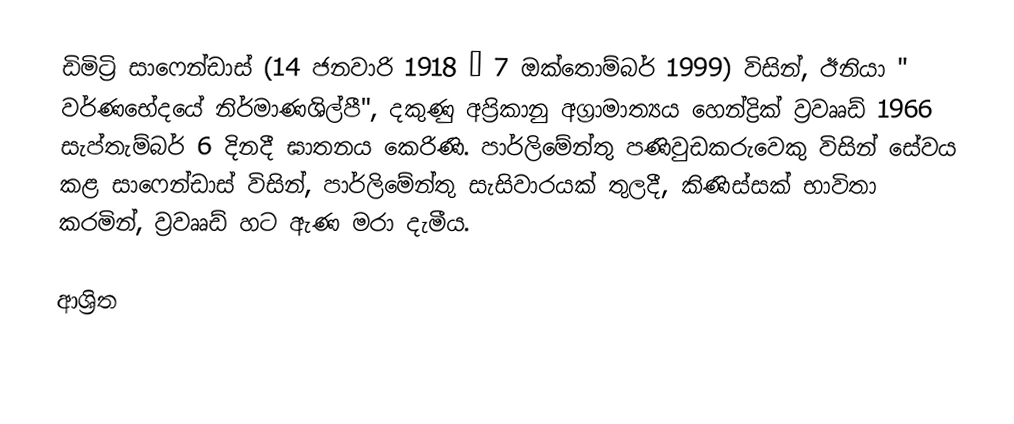
ඩිමිට්‍රි සාෆෙන්ඩාස් (14 ජනවාරි 1918  – 7 ඔක්තොම්බර් 1999) විසින්, ඊනියා " වර්ණභේදයේ නිර්මාණශිල්පී", දකුණු අප්‍රිකානු  අග්‍රාමාත්‍යය හෙන්ද්‍රික් ව්‍රවෲඩ් 1966 සැප්තැම්බර් 6 දිනදී ඝාතනය කෙරිණි.  පාර්ලිමේන්තු පණිවුඩකරුවෙකු විසින් සේවය කළ සාෆෙන්ඩාස් විසින්, පාර්ලිමේන්තු සැසිවාරයක් තුලදී, කිණිස්සක් භාවිතා කරමින්, ව්‍රවෲඩ් හට ඇණ මරා දැමීය.

ආශ්‍රිත